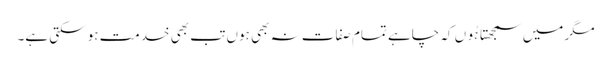
مگر میں سمجھتا ہُوں کہ چاہے تمام صفات نہ بھی ہوں تب بھی خدمت ہو سکتی ہے۔